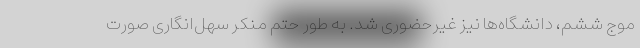
موج ششم، دانشگاه‌ها نیز غیرحضوری شد. به طور حتم منکر سهل‌انگاری صورت